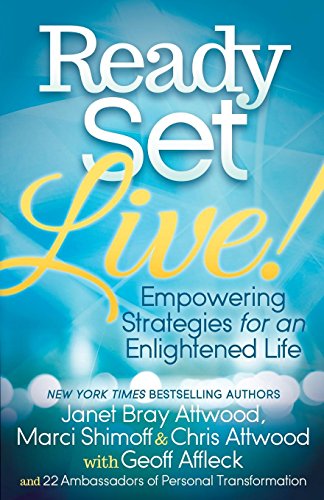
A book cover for Ready, Set, Live!: Empowering Strategies for an Enlightened Life; Janet Attwood; Self-Help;